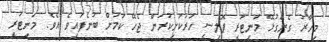
މިހާރު ގެންގުޅޭ މަނިޓަރީ ޕޮލިސީ ހަރުކަށިކުރަން ޖެހޭ ކަމަށް ބުނެފައިވެ އެވެ. މަނިޓަރީ